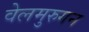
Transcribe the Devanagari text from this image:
वेलमुरुगन